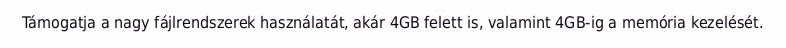
Támogatja a nagy fájlrendszerek használatát, akár 4GB felett is, valamint 4GB-ig a memória kezelését.